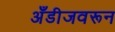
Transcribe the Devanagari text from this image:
अँडीजवरून